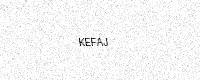
Text: KEFAJ